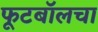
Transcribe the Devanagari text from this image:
फूटबॉलचा